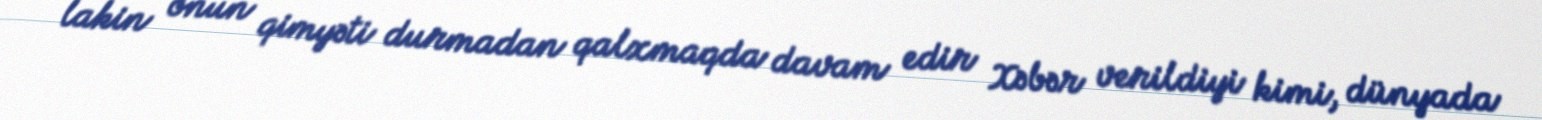
lakin onun qimyəti durmadan qalxmaqda davam edir Xəbər verildiyi kimi, dünyada